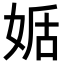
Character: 𡝜